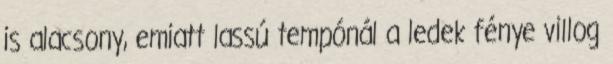
is alacsony, emiatt lassú tempónál a ledek fénye villog